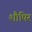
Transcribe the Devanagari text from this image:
शौषिर